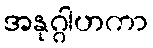
အနုဂ္ဂါဟကာ